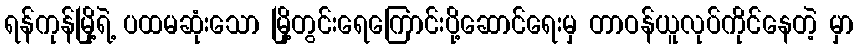
ရန်ကုန်မြို့ရဲ့ ပထမဆုံးသော မြို့တွင်းရေကြောင်းပို့ဆောင်ရေးမှ တာဝန်ယူလုပ်ကိုင်နေတဲ့ မှာ